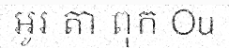
អូរ តា ពុក Ou